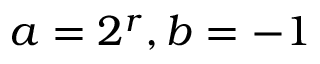
a = 2 ^ { r } , b = - 1